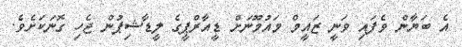
އެ ބަޔާން ވެފައި ވަނީ ޒައީމް މައުމޫނަށް ޑީއާރްޕީގެ ލީޑާޝިޕުން ޖެހި ގޮނަކަށެވެ.